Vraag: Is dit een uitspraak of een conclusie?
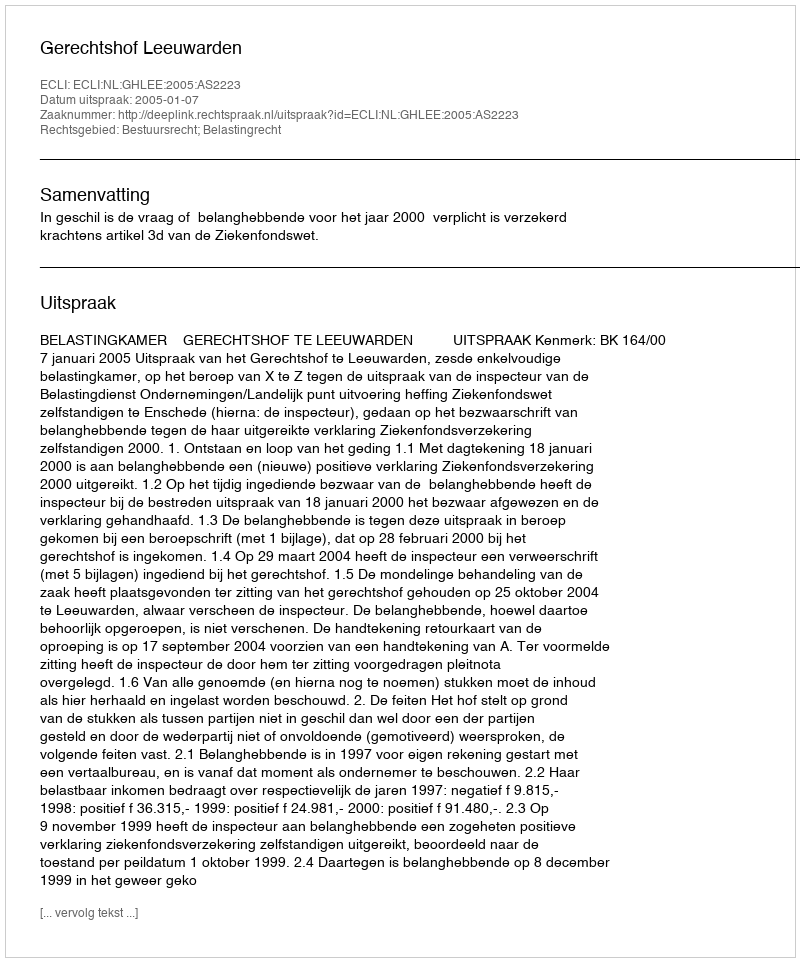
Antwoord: Uitspraak